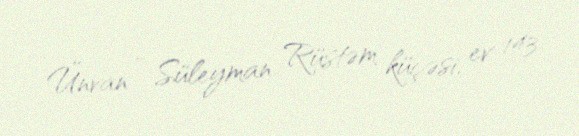
Ünvan - Süleyman Rüstəm küçəsi, ev 143